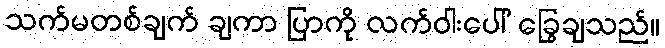
သက်မတစ်ချက် ချကာ ပြာကို လက်ဝါးပေါ် ခြွေချသည်။